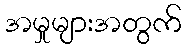
အမှုများအတွက်